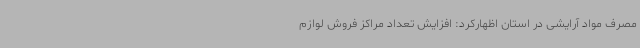
مصرف مواد آرایشی در استان اظهارکرد: افزایش تعداد مراکز فروش لوازم